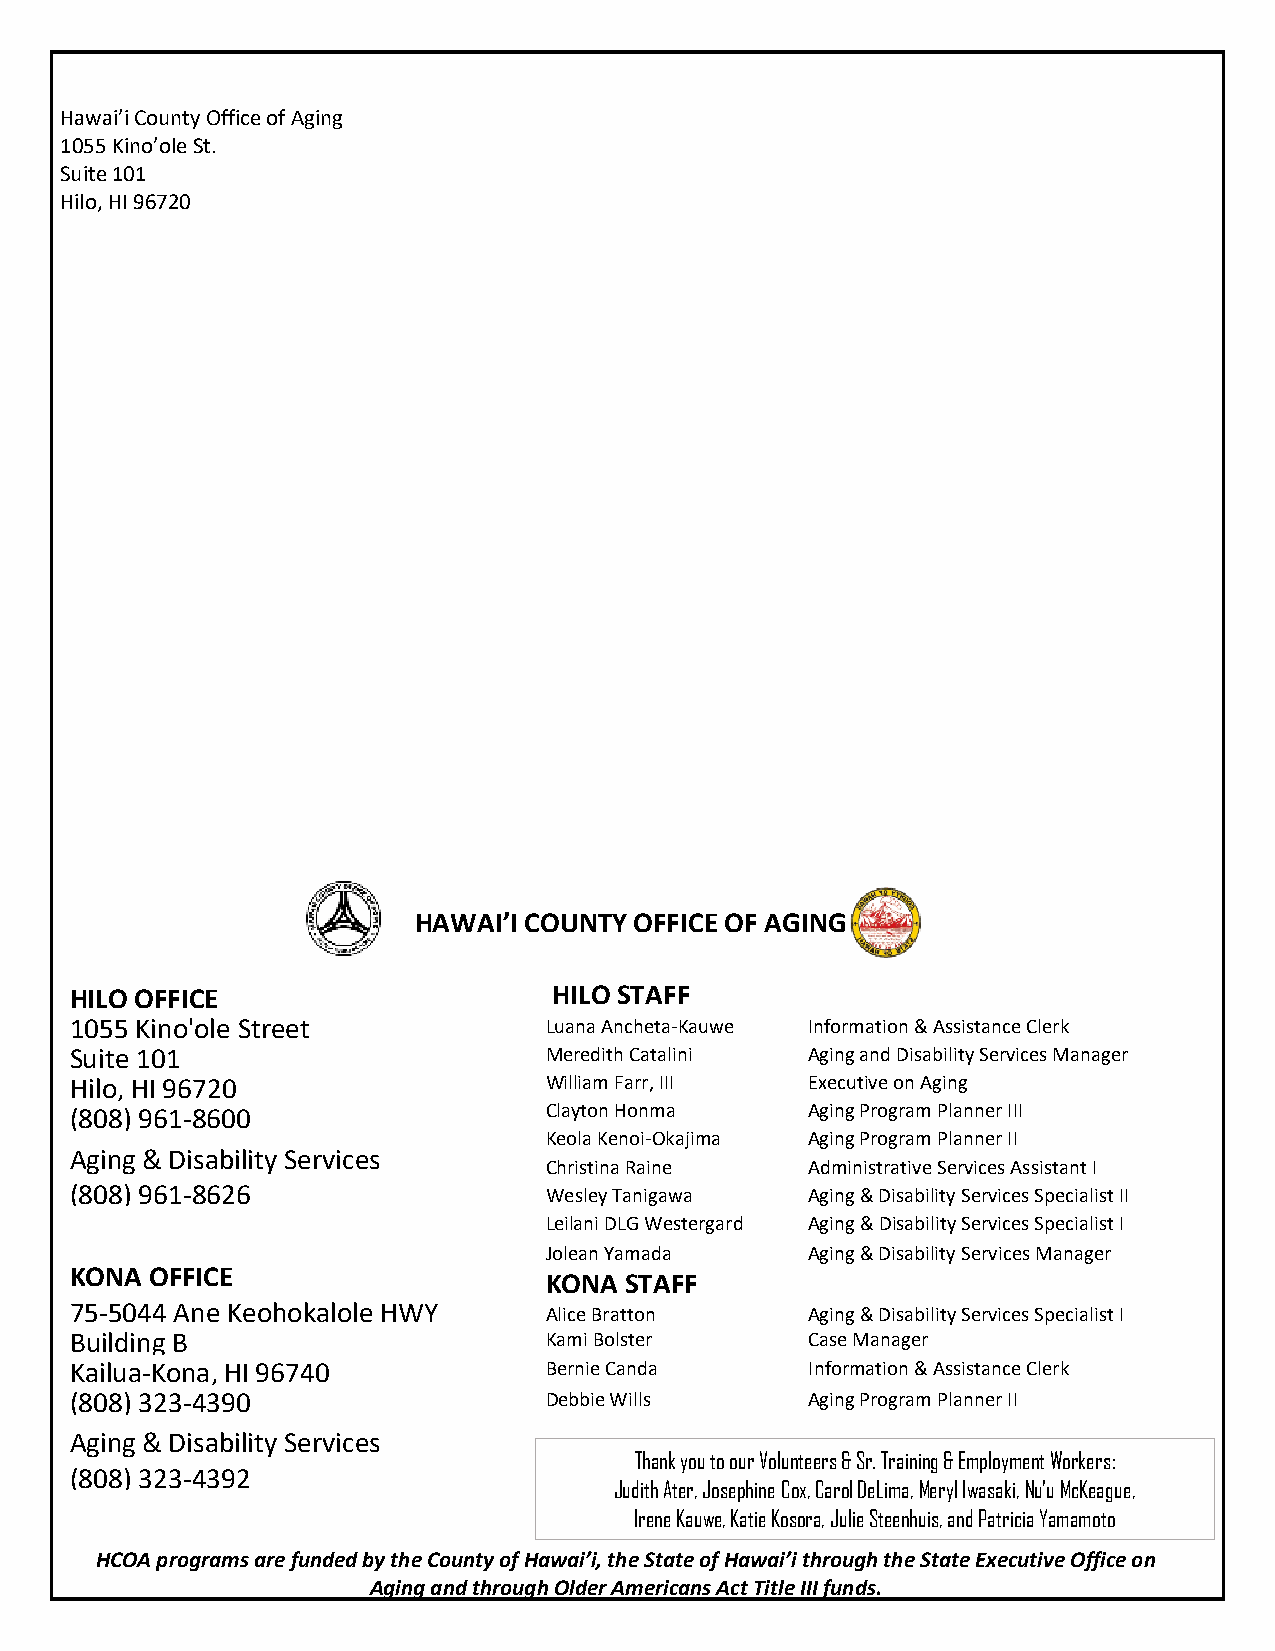
Hawai’i County Office of Aging
 1055 Kino’ole St.
 Suite 101
 Hilo, HI 96720
 HAWAI’I COUNTY OFFICE OF AGING
 HILO OFFICE                     HILO STAFF
 1055 Kino'ole Street           Luana Ancheta- Kauwe Information & Assistance Clerk
 Suite 101                      Meredith Catali ni Aging and Disability Services Manager
 Hilo, HI 96720                 William Farr, III Executive on Aging
 (808) 961-8600                 Clayton Honma     Aging Program Planner III
 Keola Kenoi-Okajima Aging Program Planner II
 Aging & Disability Services
 Christina Raine   Administrative Services Assistant I
 (808) 961-8626                 Wesley Tanigaw a  Aging & Disability Services Specialist II
 Leilani DLG Wes tergard Aging & Disability Services Specialist I
 Jol ean Yamada    Aging & Disability Services Manager
 KONA OFFICE
 KONA STAFF
 75-5044 Ane Keohokalole HWY    Alice Bratton     Aging & Disability Services Specialist I
 Building B                     Ka mi Bolster     Case Manager
 Kailua-Kona, HI 96740          Be rnie Canda     Information & Assistance Clerk
 (808) 323-4390                 De bbie Wills     Aging Program Planner II
 Aging & Disability Services
 Thank you to our Volunteers & Sr. Training & Employment Workers:
 (808) 323-4392
 Judith Ater, Josephine Cox, Carol DeLima, Meryl Iwasaki, Nu'u McKeague,
 Irene Kauwe, Katie Kosora, Julie Steenhuis, and Patricia Yamamoto
 HCOA programs are funded by the County of Hawai’i, the State of Hawai’i through the State Executive Office on
 Aging and through Older Americans Act Title III funds.